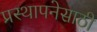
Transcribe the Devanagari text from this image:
प्रस्थापनेसाठी